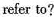
refer to?